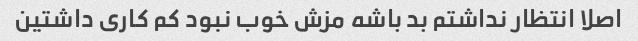
اصلا انتظار نداشتم بد باشه مزش خوب نبود کم کاری داشتین